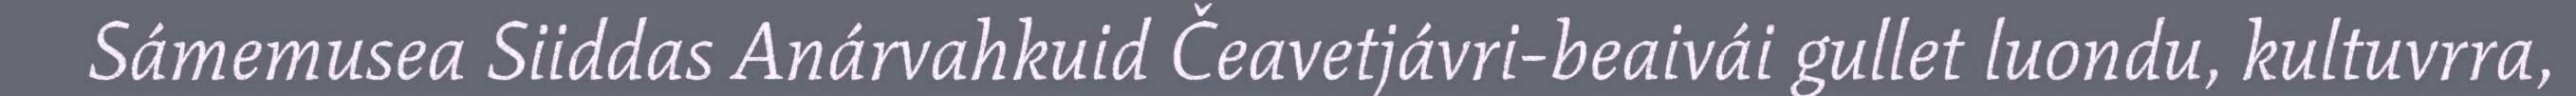
Sámemusea Siiddas Anárvahkuid Čeavetjávri-beaivái gullet luondu, kultuvrra,